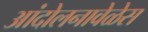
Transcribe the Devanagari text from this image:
आंदोलनावेळेस